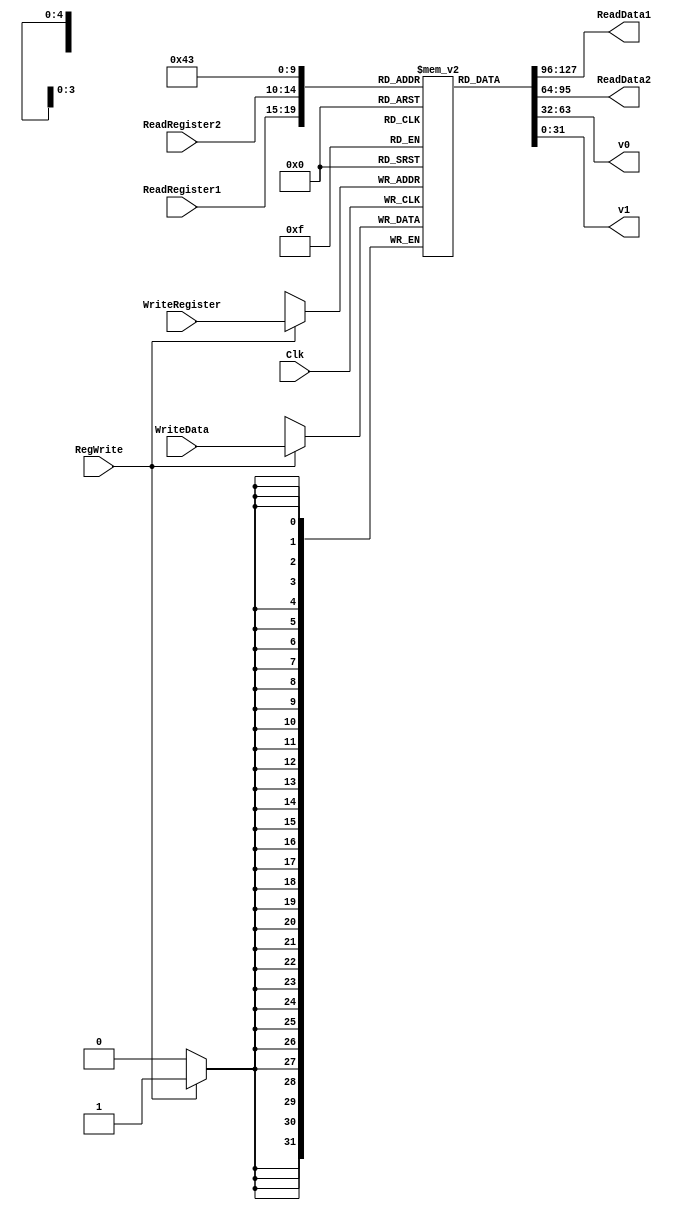
`timescale 1ns / 1ps

////////////////////////////////////////////////////////////////////////////////
// ECE369 - Computer Architecture
//
// Student(s) Name and Last Name: FILL IN YOUR INFO HERE!
//Wesley Newman, Angel Perez, Juan Campista
//
// Module - register_file.v
// Description - Implements a register file with 32 32-Bit wide registers.
// 
// INPUTS:-
// ReadRegister1: 5-Bit address to select a register to be read through 32-Bit 
//                output port 'ReadRegister1'.
// ReadRegister2: 5-Bit address to select a register to be read through 32-Bit 
//                output port 'ReadRegister2'.
// WriteRegister: 5-Bit address to select a register to be written through 32-Bit
//                input port 'WriteRegister'.
// WriteData: 32-Bit write input port.
// RegWrite: 1-Bit control input signal.
//
// OUTPUTS:-
// ReadData1: 32-Bit registered output. 
// ReadData2: 32-Bit registered output. 
//
// FUNCTIONALITY:-
// 'ReadRegister1' and 'ReadRegister2' are two 5-bit addresses to read two 
// registers simultaneously. The two 32-bit data sets are available on ports 
// 'ReadData1' and 'ReadData2', respectively. 'ReadData1' and 'ReadData2' are 
// registered outputs (output of register file is written into these registers 
// at the falling edge of the clock). You can view it as if outputs of registers
// specified by ReadRegister1 and ReadRegister2 are written into output 
// registers ReadData1 and ReadData2 at the falling edge of the clock. 
//
// 'RegWrite' signal is high during the rising edge of the clock if the input 
// data is to be written into the register file. The contents of the register 
// specified by address 'WriteRegister' in the register file are modified at the 
// rising edge of the clock if 'RegWrite' signal is high. The D-flip flops in 
// the register file are positive-edge (rising-edge) triggered. (You have to use 
// this information to generate the write-clock properly.) 
//
// NOTE:-
// We will design the register file such that the contents of registers do not 
// change for a pre-specified time before the falling edge of the clock arrives 
// to allow for data multiplexing and setup time.
////////////////////////////////////////////////////////////////////////////////

module RegisterFile(ReadRegister1, ReadRegister2, WriteRegister, WriteData, RegWrite, Clk, ReadData1, ReadData2, v0, v1);

  /* Please fill in the implementation here... */
  input Clk, RegWrite;
  input [4:0] ReadRegister1, ReadRegister2, WriteRegister;
  input [31:0] WriteData;
  output reg [31:0] ReadData1, ReadData2, v0, v1;
  reg[31:0] arrayReg[0:31];
  integer i = 0;

//create 32 element array of 32 bit words
  initial begin 
      for (i=0;i<32;i=i+1) begin
          arrayReg[i] <= 0;
      end
      arrayReg[29] <= 4095 << 2; 
  end

  always@(*) begin
      //read data out of read registers
      //grab the read register address 1 or 2  and stuff into readdata 1 or 2
          ReadData1 <= arrayReg[ReadRegister1];
          ReadData2 <= arrayReg[ReadRegister2];
          v0 <= arrayReg[2];
          v1 <= arrayReg[3];
  end    

  always@(posedge Clk) begin
      if (RegWrite) begin
          arrayReg[WriteRegister]<=WriteData;
      end
      else begin
      end
  end


endmodule